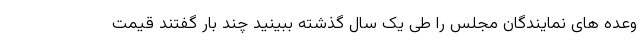
وعده های نمایندگان مجلس را طی یک سال گذشته ببینید چند بار گفتند قیمت